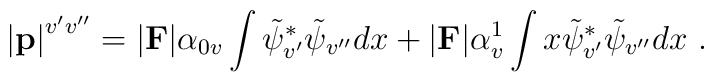
\left|{\bf p}\right|^{v^\prime v^{\prime\prime}}=\vert {\bf F}\vert\alpha_{0v}\int\tilde{\psi}^\ast_{v^\prime}\tilde{\psi}_{v^{\prime\prime}}dx+\vert {\bf F}\vert\alpha_{v}^1\int x\tilde{\psi}^\ast_{v^\prime}\tilde{\psi}_{v^{\prime\prime}}dx~.